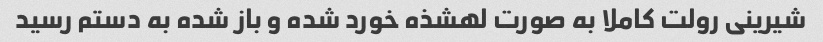
شیرینی رولت کاملا به صورت لهشذه خورد شده و باز شده به دستم رسید